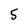
Character: 5